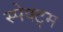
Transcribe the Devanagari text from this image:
स्पेक्ट्म